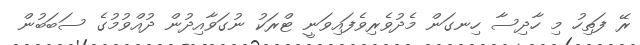
ރޭ ފަތިހު މި ހާދިސާ ހިނގަން މެދުވެރިވެފައިވަނީ ޓްރަކު ނުގަވާއިދުން ދުއްވުމުގެ ސަބަބުން